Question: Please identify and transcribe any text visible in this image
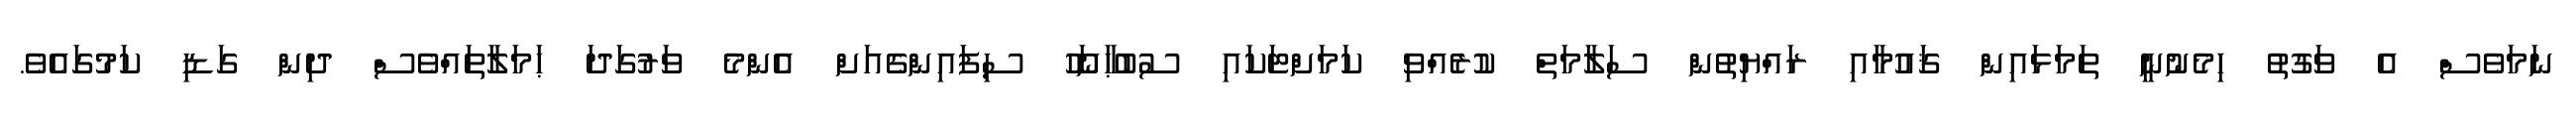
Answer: ނަމަވެސް އެ ވަގުތު ހިމެނުނީ ތަމަޅައިން ޤައުމާއި ރައްޔިތުން ސަލާމަތް ކުރެއްވި ކަމަށްޓަކައި ސުބުޙާނަހޫ ސިފައިންގެއަށް އެންމެ ވަރުގަދަ ޙަމަލާތައްވެސް ދިން ގަޑި ކަމުގައެވެ.